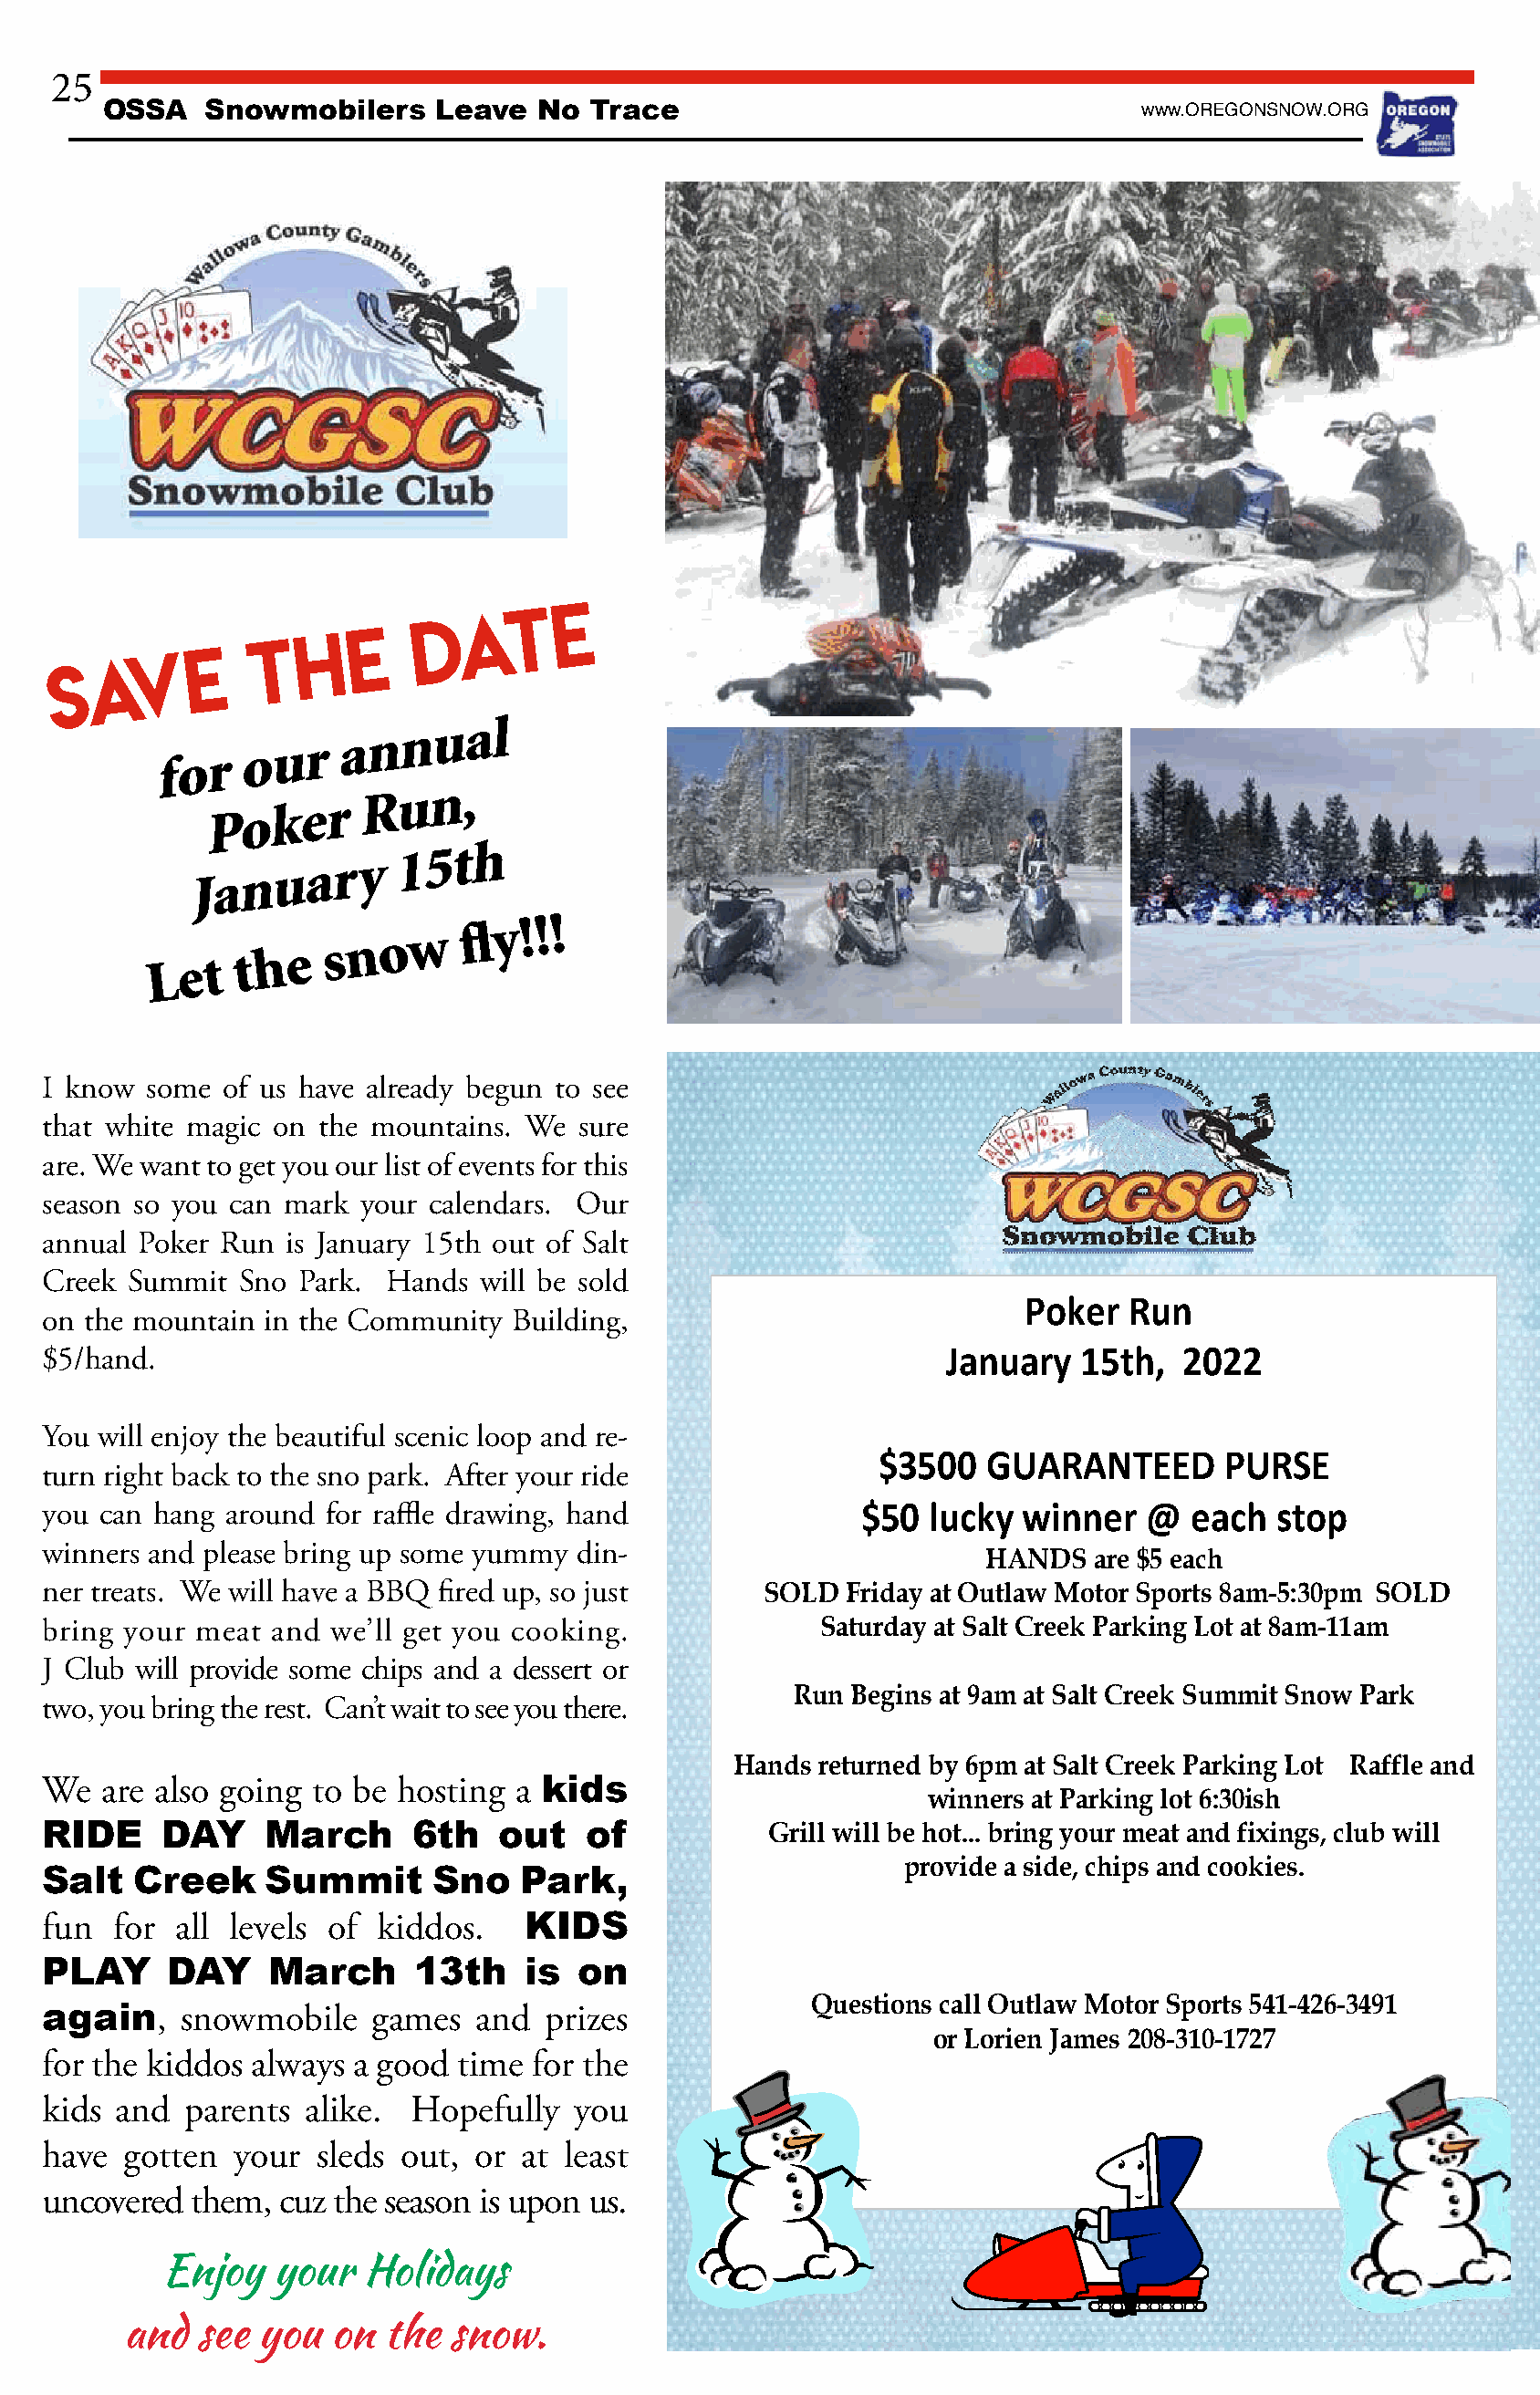
25
 OSSA    Snowmobilers     Leave  No  Trace                                   www.OREGONSNOW.ORG
 at     e
 d
 h  e
 av      e
 t
 S
 L e t t h e  s n o w   fl y ! ! !
 I know  some of us have already begun to see
 that white magic on the mountains. We  sure
 are. We want to get you our list of events for this
 season so you can mark your calendars. Our
 annual Poker Run  is January 15th out of Salt
 Creek Summit  Sno  Park. Hands  will be sold
 Poker   Run
 on the mountain in the Community  Building,
 $5/hand.                                                          January  15th,   2022
 You will enjoy the beautiful scenic loop and re-
 $3500   GUARANTEED       PURSE
 turn right back to the sno park. After your ride
 you can hang around  for raffle drawing, hand              $50  lucky  winner   @  each   stop
 winners and please bring up some yummy din-
 HANDS  are $5 each
 ner treats. We will have a BBQ fired up, so just    SOLD  Friday at Outlaw Motor Sports 8am-5:30pm SOLD
 bring your meat  and we’ll get you cooking.             Saturday at Salt Creek Parking Lot at 8am-11am
 J Club will provide some chips and a dessert or
 Run Begins at 9am at Salt Creek Summit Snow Park
 two, you bring the rest. Can’t wait to see you there.
 Hands returned by 6pm at Salt Creek Parking Lot Raffle and
 We  are also going  to be hosting a kids
 winners at Parking lot 6:30ish
 RIDE     DAY    March      6th   out    of           Grill will be hot... bring your meat and fixings, club will
 provide a side, chips and cookies.
 Salt   Creek    Summit      Sno    Park,
 fun  for  all levels of kiddos.    KIDS
 PLAY     DAY     March     13th    is  on
 Questions call Outlaw Motor Sports 541-426-3491
 again,    snowmobile    games   and  prizes
 or Lorien James 208-310-1727
 for the kiddos always  a good time  for the
 kids and  parents  alike.  Hopefully   you
 have  gotten  your  sleds out, or  at least
 uncovered  them, cuz the season is upon us.
 Enjoy   your  Holidays
 and  see  you  on  the  snow.
 f o
 J
 rPa oon uku rea
 r
 r
 a
 Ry
 n nu1 un5
 t
 a,
 h
 l